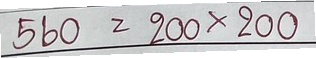
560 = 200x200